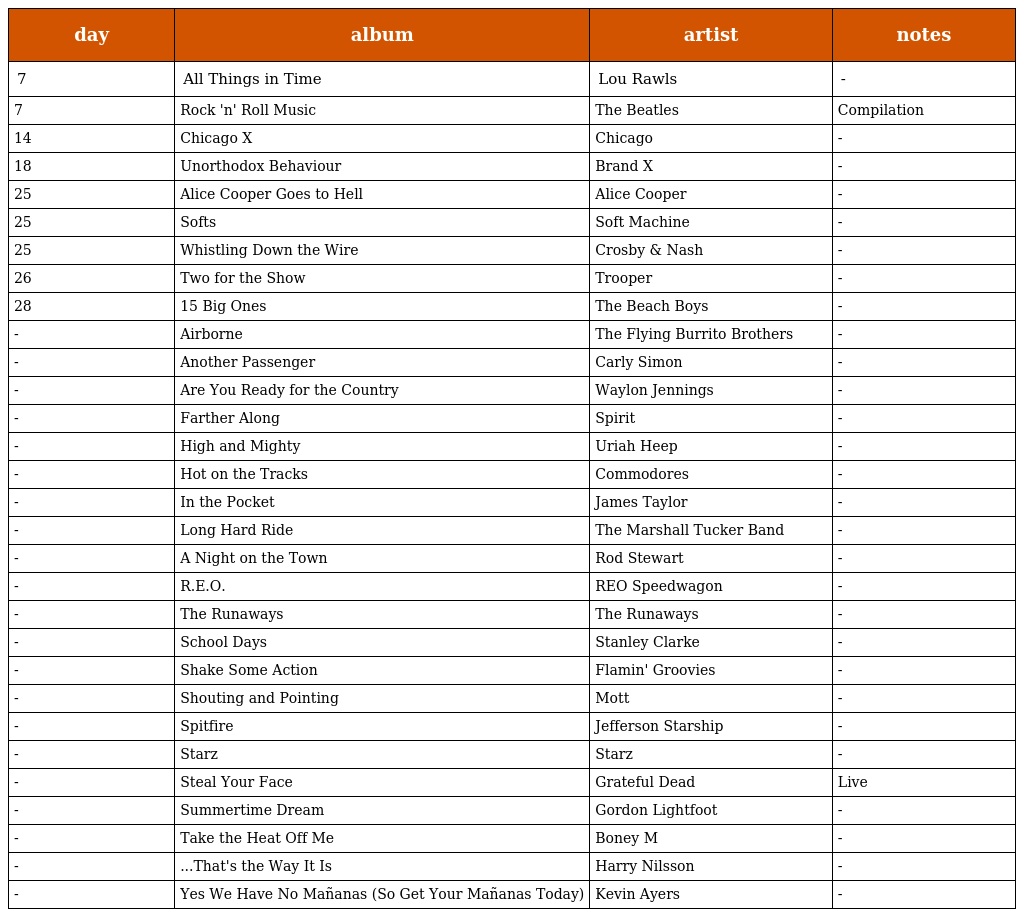
| day | album | artist | notes |
 | --- | --- | --- | --- |
 | 7 | All Things in Time | Lou Rawls | - |
 | 7 | Rock 'n' Roll Music | The Beatles | Compilation |
 | 14 | Chicago X | Chicago | - |
 | 18 | Unorthodox Behaviour | Brand X | - |
 | 25 | Alice Cooper Goes to Hell | Alice Cooper | - |
 | 25 | Softs | Soft Machine | - |
 | 25 | Whistling Down the Wire | Crosby & Nash | - |
 | 26 | Two for the Show | Trooper | - |
 | 28 | 15 Big Ones | The Beach Boys | - |
 | - | Airborne | The Flying Burrito Brothers | - |
 | - | Another Passenger | Carly Simon | - |
 | - | Are You Ready for the Country | Waylon Jennings | - |
 | - | Farther Along | Spirit | - |
 | - | High and Mighty | Uriah Heep | - |
 | - | Hot on the Tracks | Commodores | - |
 | - | In the Pocket | James Taylor | - |
 | - | Long Hard Ride | The Marshall Tucker Band | - |
 | - | A Night on the Town | Rod Stewart | - |
 | - | R.E.O. | REO Speedwagon | - |
 | - | The Runaways | The Runaways | - |
 | - | School Days | Stanley Clarke | - |
 | - | Shake Some Action | Flamin' Groovies | - |
 | - | Shouting and Pointing | Mott | - |
 | - | Spitfire | Jefferson Starship | - |
 | - | Starz | Starz | - |
 | - | Steal Your Face | Grateful Dead | Live |
 | - | Summertime Dream | Gordon Lightfoot | - |
 | - | Take the Heat Off Me | Boney M | - |
 | - | ...That's the Way It Is | Harry Nilsson | - |
 | - | Yes We Have No Mañanas (So Get Your Mañanas Today) | Kevin Ayers | - |